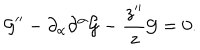
{ \cal G } ^ { \prime \prime } - \partial _ { \alpha } \partial ^ { \alpha } { \cal G } - \frac { z ^ { \prime \prime } } { z } { \cal G } = 0 .